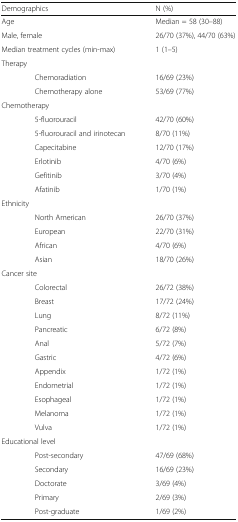
<table><thead><tr><td colspan="2"><b>Demographics</b></td><td><b>N (%)</b></td></tr></thead><tbody><tr><td colspan="2">Age</td><td>Median = 58 (30–88)</td></tr><tr><td colspan="2">Male, female</td><td>26/70 (37%), 44/70 (63%)</td></tr><tr><td colspan="2">Median treatment cycles (min-max)</td><td>1 (1–5)</td></tr><tr><td colspan="3">Therapy</td></tr><tr><td></td><td>Chemoradiation</td><td>16/69 (23%)</td></tr><tr><td></td><td>Chemotherapy alone</td><td>53/69 (77%)</td></tr><tr><td colspan="3">Chemotherapy</td></tr><tr><td></td><td>5-fluorouracil</td><td>42/70 (60%)</td></tr><tr><td></td><td>5-fluorouracil and irinotecan</td><td>8/70 (11%)</td></tr><tr><td></td><td>Capecitabine</td><td>12/70 (17%)</td></tr><tr><td></td><td>Erlotinib</td><td>4/70 (6%)</td></tr><tr><td></td><td>Gefitinib</td><td>3/70 (4%)</td></tr><tr><td></td><td>Afatinib</td><td>1/70 (1%)</td></tr><tr><td colspan="3">Ethnicity</td></tr><tr><td></td><td>North American</td><td>26/70 (37%)</td></tr><tr><td></td><td>European</td><td>22/70 (31%)</td></tr><tr><td></td><td>African</td><td>4/70 (6%)</td></tr><tr><td></td><td>Asian</td><td>18/70 (26%)</td></tr><tr><td colspan="3">Cancer site</td></tr><tr><td></td><td>Colorectal</td><td>26/72 (38%)</td></tr><tr><td></td><td>Breast</td><td>17/72 (24%)</td></tr><tr><td></td><td>Lung</td><td>8/72 (11%)</td></tr><tr><td></td><td>Pancreatic</td><td>6/72 (8%)</td></tr><tr><td></td><td>Anal</td><td>5/72 (7%)</td></tr><tr><td></td><td>Gastric</td><td>4/72 (6%)</td></tr><tr><td></td><td>Appendix</td><td>1/72 (1%)</td></tr><tr><td></td><td>Endometrial</td><td>1/72 (1%)</td></tr><tr><td></td><td>Esophageal</td><td>1/72 (1%)</td></tr><tr><td></td><td>Melanoma</td><td>1/72 (1%)</td></tr><tr><td></td><td>Vulva</td><td>1/72 (1%)</td></tr><tr><td colspan="3">Educational level</td></tr><tr><td></td><td>Post-secondary</td><td>47/69 (68%)</td></tr><tr><td></td><td>Secondary</td><td>16/69 (23%)</td></tr><tr><td></td><td>Doctorate</td><td>3/69 (4%)</td></tr><tr><td></td><td>Primary</td><td>2/69 (3%)</td></tr><tr><td></td><td>Post-graduate</td><td>1/69 (2%)</td></tr></tbody></table>